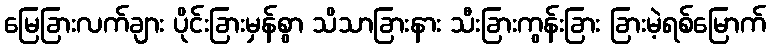
မြေခြားလက်ချား ပိုင်းခြားမှန်စွာ သိသာခြားနား သီးခြားကွန်းခြား ခြားမဲ့ရစ်မြောက်